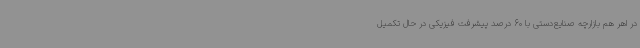
در اهر هم بازارچه صنایع‌دستی با 60 درصد پیشرفت فیزیکی در حال تکمیل